Annual vaccination report of Bihar and Orissa - 1911-1928
Year: 1911
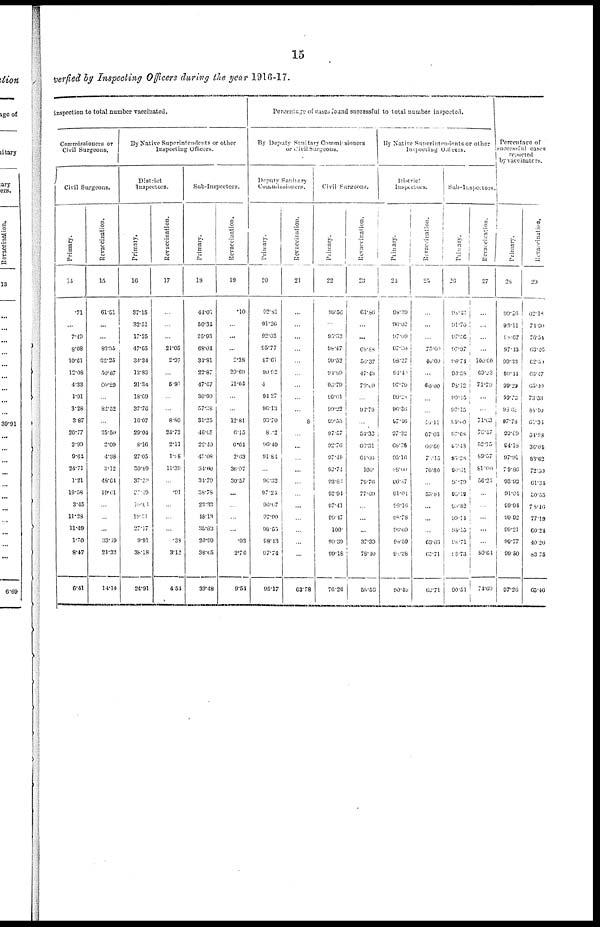
15
verfied by Inspecting Officers during the year 1916-17.
inspection to total number vaccinated.
Commissioners or
Civil Surgeons.
Civil Surgeons.
Primary.
14
.71
...
7.40
8.08
10.61
12.08
4.33
1.91
3.28
3.87
20.77
2.99
9.64
24.71
1.21
19.58
3.45
11.28
11.40
1.70
8.47
6.41
Revaccination.
15
61.51
...
...
86.35
62.25
50.87
60.29
...
82.52
...
35.50
2.09
4.38
3.12
48.64
19.61
...
...
...
33.19
21.32
14.14
By Native Superintendents or other
Inspecting Officers.
District
Inspectors.
Primary.
16
37.15
32.51
17.25
47.65
34.34
12.83
31.34
18.69
37.76
16.07
29.04
8.16
27.05
30.89
37.29
37.49
10.80
19.54
27.17
9.91
38.18
24.91
Revaccination.
17
...
...
...
21.05
2.97
...
5.97
...
...
8.80
24.72
2.11
l.86
11.39
...
.91
...
...
...
.38
3.12
4.54
Sub-Inspectors.
Primary.
18
44.01
50.34
35.93
68.04
34.81
22.87
47.67
30.90
57.38
31.25
46.65
22.40
43.08
34.60
34.79
38.78
23.33
18.13
35.83
20.99
38.65
39.48
Revaccination.
19
.10
...
...
...
2.38
29.60
11.64
...
...
12.81
6.15
6.64
2.63
36.97
30.57
...
...
...
...
.03
2.76
9.54
Percentage of cases found successful to total number inspected.
By Deputy Sanitary Commissioners
or Civil Surgeons.
Deputy Sanitary
Commissioners.
Primary.
20
92.81
91.36
92.03
95.77
87.61
90.92
4
94.27
96.13
99.70
8.02
96.40
91.84
...
96.32
97.24
96.67
97.90
98.55
98.13
97.74
95.17
Revaccination.
21
...
...
...
...
...
...
...
...
...
8
...
...
...
...
...
...
...
...
...
...
...
62.78
Civil Surgeons.
Primary.
22
98.56
...
95.33
98.47
99.52
94.89
98.79
98.61
99.22
99.53
97.57
92.76
97.48
92.74
93.80
92.94
97.41
99.47
100.
99.39
99.18
76.26
Revaccination.
23
61.86
...
...
68.88
56.37
47.43
79.00
...
94.79
...
54.33
66.31
61.06
100.
79.76
77.69
...
...
...
37.30
78.40
58.56
By Native Superintendents or other
Inspecting Officers.
District
Inspectors.
Primary.
24
98.39
96.02
97.09
97.80
98.27
91.40
97.79
99.28
96.36
97.46
97.32
68.78
95.16
88.00
96.87
91.01
98.16
98.78
96.69
98.59
90.38
90.49
Revaccination.
25
...
...
...
75.00
40.00
...
60.00
...
...
46.41
67.03
66.86
7.15
76.80
...
53.84
...
...
...
63.63
63.71
68.71
Sub-Inspectors.
Primary.
26
98.40
91.70
97.06
97.97
98.74
93.38
98.12
99.15
97.15
99.00
97.68
87.43
97.28
90.61
90.79
95.18
99.82
99.14
95.15
98.71
98.73
90.51
Revaccination.
27
...
...
...
...
100.00
69.23
71.79
...
...
71.63
76.47
52.15
89.57
81.00
56.25
...
...
...
...
...
80.64
74.69
Percentage of
successful cases
reported
by vaccinators.
Primary.
28
99.26
93.11
98.67
97.13
99.33
69.14
99.29
99.73
98.68
97.78
99.09
94.18
97.01
79.86
93.92
91.04
99.94
99.92
99.21
99.77
99.50
97.26
Revaccination.
29
62.18
71.20
76.54
63.46
62.50
63.47
65.40
73.53
88.10
61.36
54.93
36.04
83.62
72.50
61.34
30.55
78.46
77.19
60.24
40.26
83.75
65.46